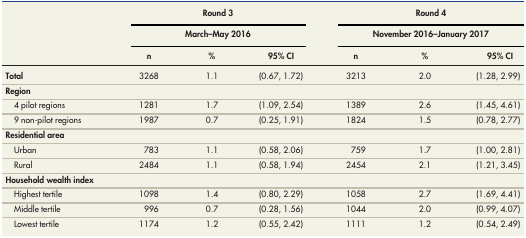
<table><thead><tr><td rowspan="3"></td><td colspan="3"><b>Round 3</b></td><td colspan="3"><b>Round 4</b></td></tr><tr><td colspan="3"><b>March–May 2016</b></td><td colspan="3"><b>November 2016–January 2017</b></td></tr><tr><td><b>n</b></td><td><b>%</b></td><td><b>95% CI</b></td><td><b>n</b></td><td><b>%</b></td><td><b>95% CI</b></td></tr></thead><tbody><tr><td><b>Total</b></td><td>3268</td><td>1.1</td><td>(0.67, 1.72)</td><td>3213</td><td>2.0</td><td>(1.28, 2.99)</td></tr><tr><td><b>Region</b></td><td></td><td></td><td></td><td></td><td></td><td></td></tr><tr><td>4 pilot regions</td><td>1281</td><td>1.7</td><td>(1.09, 2.54)</td><td>1389</td><td>2.6</td><td>(1.45, 4.61)</td></tr><tr><td>9 non-pilot regions</td><td>1987</td><td>0.7</td><td>(0.25, 1.91)</td><td>1824</td><td>1.5</td><td>(0.78, 2.77)</td></tr><tr><td><b>Residential area</b></td><td></td><td></td><td></td><td></td><td></td><td></td></tr><tr><td>Urban</td><td>783</td><td>1.1</td><td>(0.58, 2.06)</td><td>759</td><td>1.7</td><td>(1.00, 2.81)</td></tr><tr><td>Rural</td><td>2484</td><td>1.1</td><td>(0.58, 1.94)</td><td>2454</td><td>2.1</td><td>(1.21, 3.45)</td></tr><tr><td><b>Household wealth index</b></td><td></td><td></td><td></td><td></td><td></td><td></td></tr><tr><td>Highest tertile</td><td>1098</td><td>1.4</td><td>(0.80, 2.29)</td><td>1058</td><td>2.7</td><td>(1.69, 4.41)</td></tr><tr><td>Middle tertile</td><td>996</td><td>0.7</td><td>(0.28, 1.56)</td><td>1044</td><td>2.0</td><td>(0.99, 4.07)</td></tr><tr><td>Lowest tertile</td><td>1174</td><td>1.2</td><td>(0.55, 2.42)</td><td>1111</td><td>1.2</td><td>(0.54, 2.49)</td></tr></tbody></table>